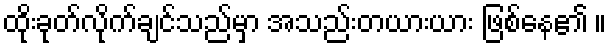
ထိုးခုတ်လိုက်ချင်သည်မှာ အသည်းတယားယား ဖြစ်နေ၏ ။